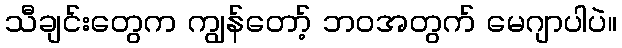
သီချင်းတွေက ကျွန်တော့် ဘဝအတွက် မေဂျာပါပဲ။